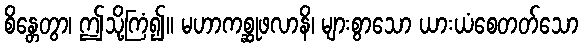
စိန္တေတွာ၊ ဤသို့ကြံ၍။ မဟာကစ္ဆုဖလာနိ၊ များစွာသော ယားယံစေတတ်သော